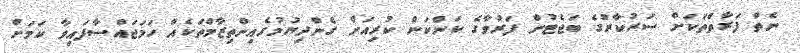
ނެތް ފަރާތްތަކަށް ސަރުކާރުގެ ބަޖެޓުން ފަރުވާގެ ކަންކަން ކުރިއަށް ގެންދިޔުމުގެއިންތިޒާމްތަކެއް ހަމަޖައްސާފައިވާ ކަމަށް